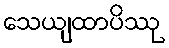
သေယျထာပိဿု